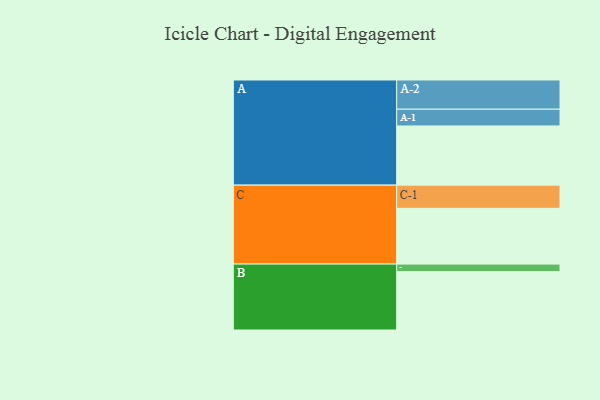
{"axis": {"x": "Segment", "y": "Value"}, "legend": ["", "A", "B", "C"], "data": [{"x": "A", "y": 590, "type": ""}, {"x": "B", "y": 582, "type": ""}, {"x": "C", "y": 556, "type": ""}, {"x": "A-1", "y": 167, "type": "A"}, {"x": "A-2", "y": 291, "type": "A"}, {"x": "B-1", "y": 75, "type": "B"}, {"x": "C-1", "y": 231, "type": "C"}]}